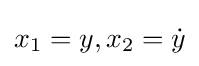
x_{1}=y,x_{2}={\dot {y}}